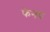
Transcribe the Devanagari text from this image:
फेनप